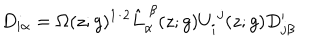
D _ { i \alpha } = \Omega ( z ; g ) ^ { 1 / 2 } \hat { L } _ { \alpha } ^ { ~ \beta } ( z ; g ) U _ { i } ^ { ~ j } ( z ; g ) D _ { j \beta } ^ { \prime }